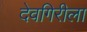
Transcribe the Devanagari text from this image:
देवगिरीला